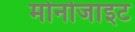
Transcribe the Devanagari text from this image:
मोनोजाइट